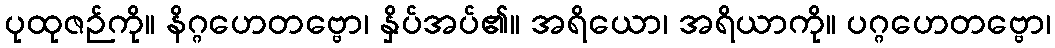
ပုထုဇဉ်ကို။ နိဂ္ဂဟေတဗ္ဗော၊ နှိပ်အပ်၏။ အရိယော၊ အရိယာကို။ ပဂ္ဂဟေတဗ္ဗော၊